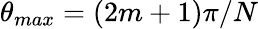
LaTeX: \theta_{max}=(2m+1)\pi/N